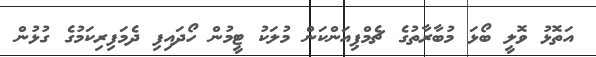
އަތޮޅު ވޮލީ ބޯޅަ މުބާރާތުގެ ޗެމްޕިއަންކަން މުލަކު ޓީމުން ހޯދައިފި ދެމަފިރިކަމުގެ ގުޅުން